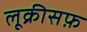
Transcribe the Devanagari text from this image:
लूक्रीसफ़